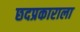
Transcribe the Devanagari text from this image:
छदप्रकाराला